Insane asylums in Bengal annual reports 1867-1875 - 1867-1875
Year: 1867
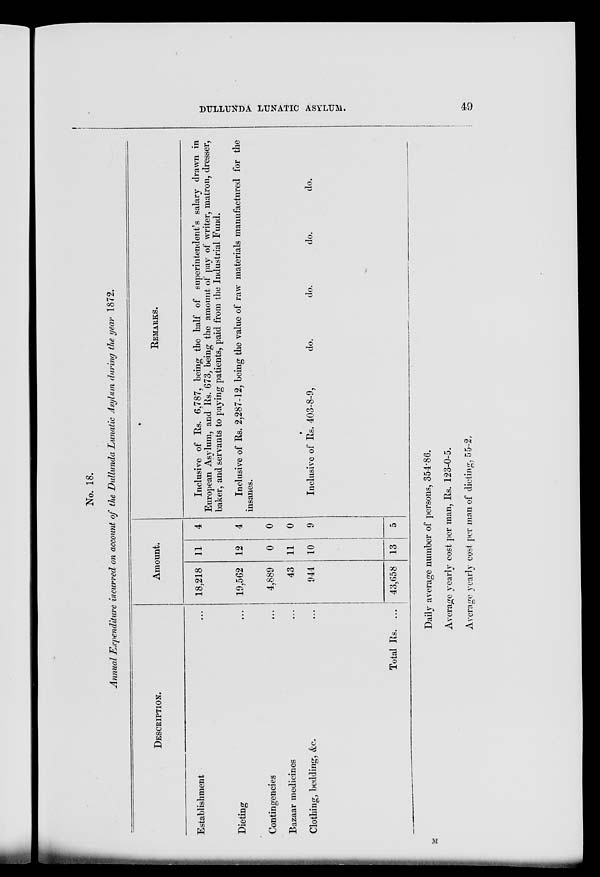
DULLUNDA LUNATIC ASYLUM.
49
No. 18.
Annual Expenditure incurred on account of the Dullunda Lunatic Asylum during the year 1872.
DESCRIPTION.
Establishment ...
Dieting ...
Contingencies ...
Bazaar medicines ...
Clothing, bedding, &c.
Total Rs. ...
Amount.
18,218
19,562
4,889
43
944
43,658
11
12
0
11
10
13
4
4
0
0
9
5
REMARKS.
Inclusive of Rs. 6,787, being the half of superintendent's salary drawn in
European Asylum, and Rs. 673, being the amount of pay of writer, matron, dresser,
baker, and servants to paying patients, paid from the Industrial Fund.
Inclusive of Rs. 2,287-12, being the value of raw materials manufactured for the
insanes.
Inclusive of Rs. 403-8-9,
do.
do.
do.
do.
Daily average number of persons, 354.86.
Average yearly cost per man, Rs. 123-0-5.
Average yearly cost per man of dieting. 55-2.
M